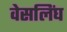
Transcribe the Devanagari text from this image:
वेसलिंघ